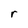
Character: r